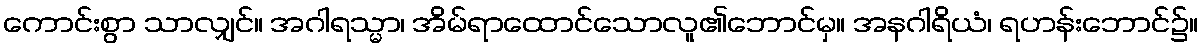
ကောင်းစွာ သာလျှင်။ အဂါရသ္မာ၊ အိမ်ရာထောင်သောလူ၏ဘောင်မှ။ အနဂါရိယံ၊ ရဟန်းဘောင်၌။